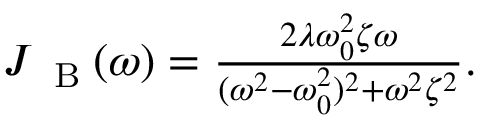
\begin{array} { r } { J _ { \mathrm { ~ \tiny ~ B ~ } } ( \omega ) = \frac { 2 \lambda \omega _ { 0 } ^ { 2 } \zeta \omega } { ( \omega ^ { 2 } - \omega _ { 0 } ^ { 2 } ) ^ { 2 } + \omega ^ { 2 } \zeta ^ { 2 } } . } \end{array}